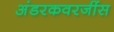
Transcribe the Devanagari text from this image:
अंडरकवरजींस